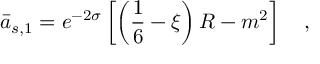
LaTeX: \bar { a } _ { s , 1 } = e ^ { - 2 \sigma } \left[ \left( \frac 1 6 - \xi \right) R - m ^ { 2 } \right] ~ ~ ~ ,